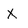
Character: x